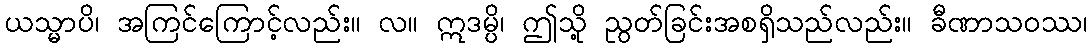
ယသ္မာပိ၊ အကြင်ကြောင့်လည်း။ လ။ ဣဒမ္ပိ၊ ဤသို့ ညွတ်ခြင်းအစရှိသည်လည်း။ ခီဏာသဝဿ၊